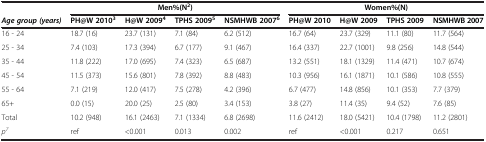
<table><thead><tr><td><b> </b></td><td colspan="4"><b>Men%(N<sup>2</sup>)</b></td><td colspan="4"><b>Women%(N)</b></td></tr><tr><td><b><i>Age group (years)</i></b></td><td><b>PH@W 2010<sup>3</sup></b></td><td><b>H@W 2009<sup>4</sup></b></td><td><b>TPHS 2009<sup>5</sup></b></td><td><b>NSMHWB 2007<sup>6</sup></b></td><td><b>PH@W 2010</b></td><td><b>H@W 2009</b></td><td><b>TPHS 2009</b></td><td><b>NSMHWB 2007</b></td></tr></thead><tbody><tr><td>16 - 24</td><td>18.7 (16)</td><td>23.7 (131)</td><td>7.1 (84)</td><td>6.2 (512)</td><td>16.7 (64)</td><td>23.7 (329)</td><td>11.1 (80)</td><td>11.7 (564)</td></tr><tr><td>25 - 34</td><td>7.4 (103)</td><td>17.3 (394)</td><td>6.7 (177)</td><td>9.1 (467)</td><td>16.4 (337)</td><td>22.7 (1001)</td><td>9.8 (256)</td><td>14.8 (544)</td></tr><tr><td>35 - 44</td><td>11.8 (222)</td><td>17.0 (695)</td><td>7.4 (323)</td><td>6.5 (687)</td><td>13.2 (551)</td><td>18.1 (1329)</td><td>11.4 (471)</td><td>10.7 (674)</td></tr><tr><td>45 - 54</td><td>11.5 (373)</td><td>15.6 (801)</td><td>7.8 (392)</td><td>8.8 (483)</td><td>10.3 (956)</td><td>16.1 (1871)</td><td>10.1 (586)</td><td>10.8 (555)</td></tr><tr><td>55 - 64</td><td>7.1 (219)</td><td>12.0 (417)</td><td>7.5 (278)</td><td>4.2 (396)</td><td>6.7 (477)</td><td>14.8 (856)</td><td>10.1 (353)</td><td>7.7 (379)</td></tr><tr><td>65+</td><td>0.0 (15)</td><td>20.0 (25)</td><td>2.5 (80)</td><td>3.4 (153)</td><td>3.8 (27)</td><td>11.4 (35)</td><td>9.4 (52)</td><td>7.6 (85)</td></tr><tr><td>Total</td><td>10.2 (948)</td><td>16.1 (2463)</td><td>7.1 (1334)</td><td>6.8 (2698)</td><td>11.6 (2412)</td><td>18.0 (5421)</td><td>10.4 (1798)</td><td>11.2 (2801)</td></tr><tr><td><i>p</i><sup><i>7</i></sup></td><td>ref</td><td>&lt;0.001</td><td>0.013</td><td>0.002</td><td>ref</td><td>&lt;0.001</td><td>0.217</td><td>0.651</td></tr></tbody></table>